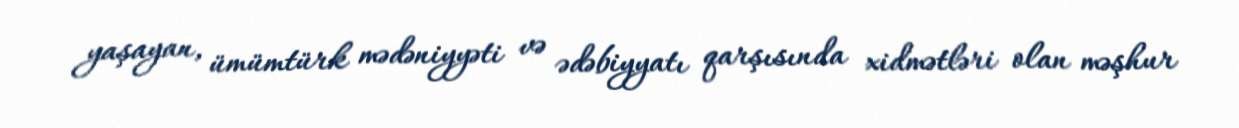
yaşayan, ümümtürk mədəniyyəti və ədəbiyyatı qarşısında xidmətləri olan məşhur